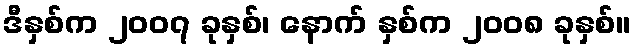
ဒီနှစ်က ၂၀၀၇ ခုနှစ်၊ နောက် နှစ်က ၂၀၀၈ ခုနှစ်။